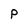
Character: P